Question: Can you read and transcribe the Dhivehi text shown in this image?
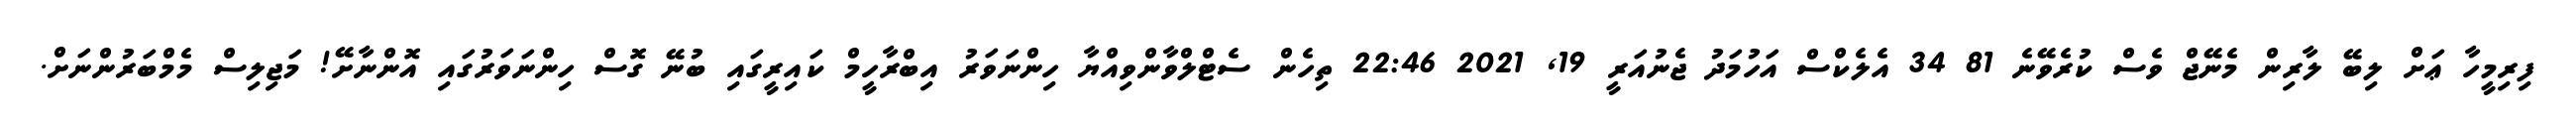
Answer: ފިރިމީހާ ޢަށް ލިބޭ ލާރިން މެނޭޖް ވެސް ކުރެވޭނެ 81 34 އެލެކްސް އަހުމަދު ޖެނުއަރީ 19, 2021 22:46 ތިހެން ސެޓްލްވާންވިއްޔާ ހިންނަވަރު އިބްރާހީމް ކައިރީގައި ބުނޭ ގޮސް ހިންނަވަރުގައި އޮންނާށޭ! މަޖިލިސް މެމްބަރުންނަށް.